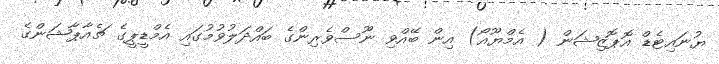
ޔުނައިޓެޑް އޮޕޮޒިޝަން ( އެމްޔޫއޯ) އިން ބޭއްވި ނޫސްވެރިންގެ ބައްދަލުވުމުގައި އެމްޑީޕީގެ ޗެއާޕާޝަންގެ